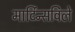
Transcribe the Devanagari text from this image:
मार्टिन्सविले